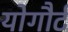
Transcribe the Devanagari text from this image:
योगौर्ट